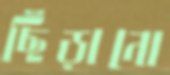
ছিঁড়ানো